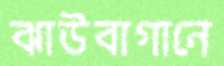
ঝাউবাগানে